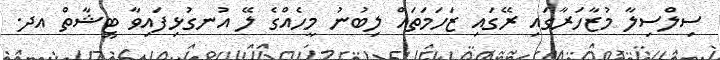
ސިލްސިލާ މުޒާހަރާގައި ރޭގައި ޒަހަމަތައް ލިބުނު މީހެއްގެ ލޭ އުނގުޅިފައިވާ ޓީޝާތް އދ.